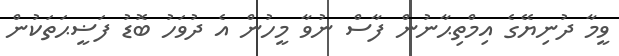
ވީމާ ދުނިޔޭގެ އިމްތިޙާނުން ފާސް ނުވާ މީހުން އެ ދުވަހު ބޮޑު ފަޟީޙަތަކުން